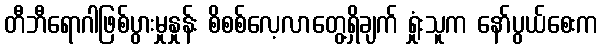
တီဘီရောဂါဖြစ်ပွားမှုနှုန်း စိစစ်လေ့လာတွေ့ရှိချက် ရှုံးသူက နော်ပွယ်စေးက